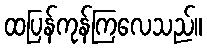
ထပြန်ကုန်ကြလေသည်။